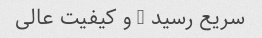
سریع رسید … و کیفیت عالی